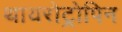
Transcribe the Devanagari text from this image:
थायरोट्रोपिन